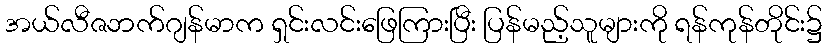
အယ်လီဇဘက်ဂျန်မာက ရှင်းလင်းဖြေကြားပြီး ပြန်မည့်သူများကို ရန်ကုန်တိုင်း၌